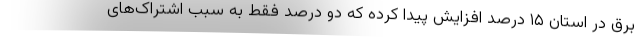
برق در استان ۱۵ درصد افزایش پیدا کرده که دو درصد فقط به سبب اشتراک‌های